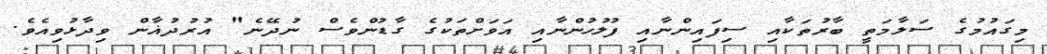
މިގައުމުގެ ސަލާމަތީ ބާރުތަކާއި ސިފައިންނާއި ފުލުހުންނާއި އަވަށްތަކުގެ ގާޑުންވެސް ނުދޭނެ" އުރުދުޣާން ވިދާޅުވިއެވެ.